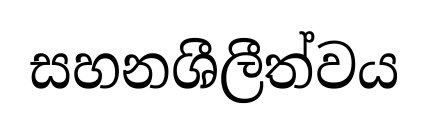
සහනශීලීත්වය